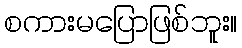
စကားမပြောဖြစ်ဘူး။